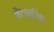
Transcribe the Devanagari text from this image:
कैंटाब्रिया